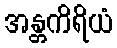
အန္တကိရိယံ